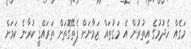
މަގެއް ހެދުމުގެ އިތުރުން އެ މަގުތައް ޒަމާނަށް ފެތޭގޮތަށް ތަރައްޤީ ކުރާނެ ކަމަށް